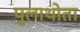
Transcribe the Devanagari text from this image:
पुलाथोता